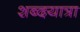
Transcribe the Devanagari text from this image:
शब्दयात्रा